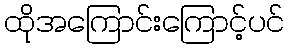
ထိုအကြောင်းကြောင့်ပင်